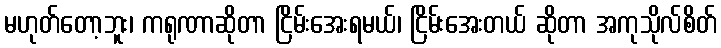
မဟုတ်တော့ဘူး၊ ကရုဏာဆိုတာ ငြိမ်းအေးရမယ်၊ ငြိမ်းအေးတယ် ဆိုတာ အကုသိုလ်စိတ်